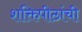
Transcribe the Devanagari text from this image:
शक्तिपीठांची